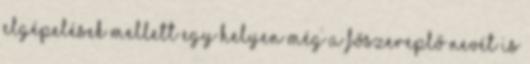
elgépelések mellett egy helyen még a főszereplő nevét is